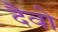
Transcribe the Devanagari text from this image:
दैवो